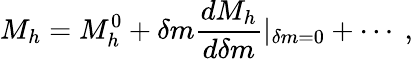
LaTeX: M_{h}=M_{h}^{0}+\delta m{\frac{dM_{h}}{d\delta m}}|_{\delta m=0}+\cdots\ ,